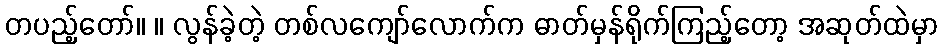
တပည့်တော်။ ။ လွန်ခဲ့တဲ့ တစ်လကျော်လောက်က ဓာတ်မှန်ရိုက်ကြည့်တော့ အဆုတ်ထဲမှာ